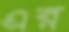
এর